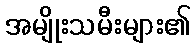
အမျိုးသမီးများ၏